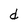
Character: d